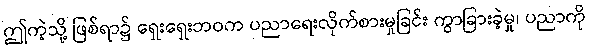
ဤကဲ့သို့ ဖြစ်ရာ၌ ရှေးရှေးဘဝက ပညာရေးလိုက်စားမှုခြင်း ကွာခြားခဲ့မှု၊ ပညာကို